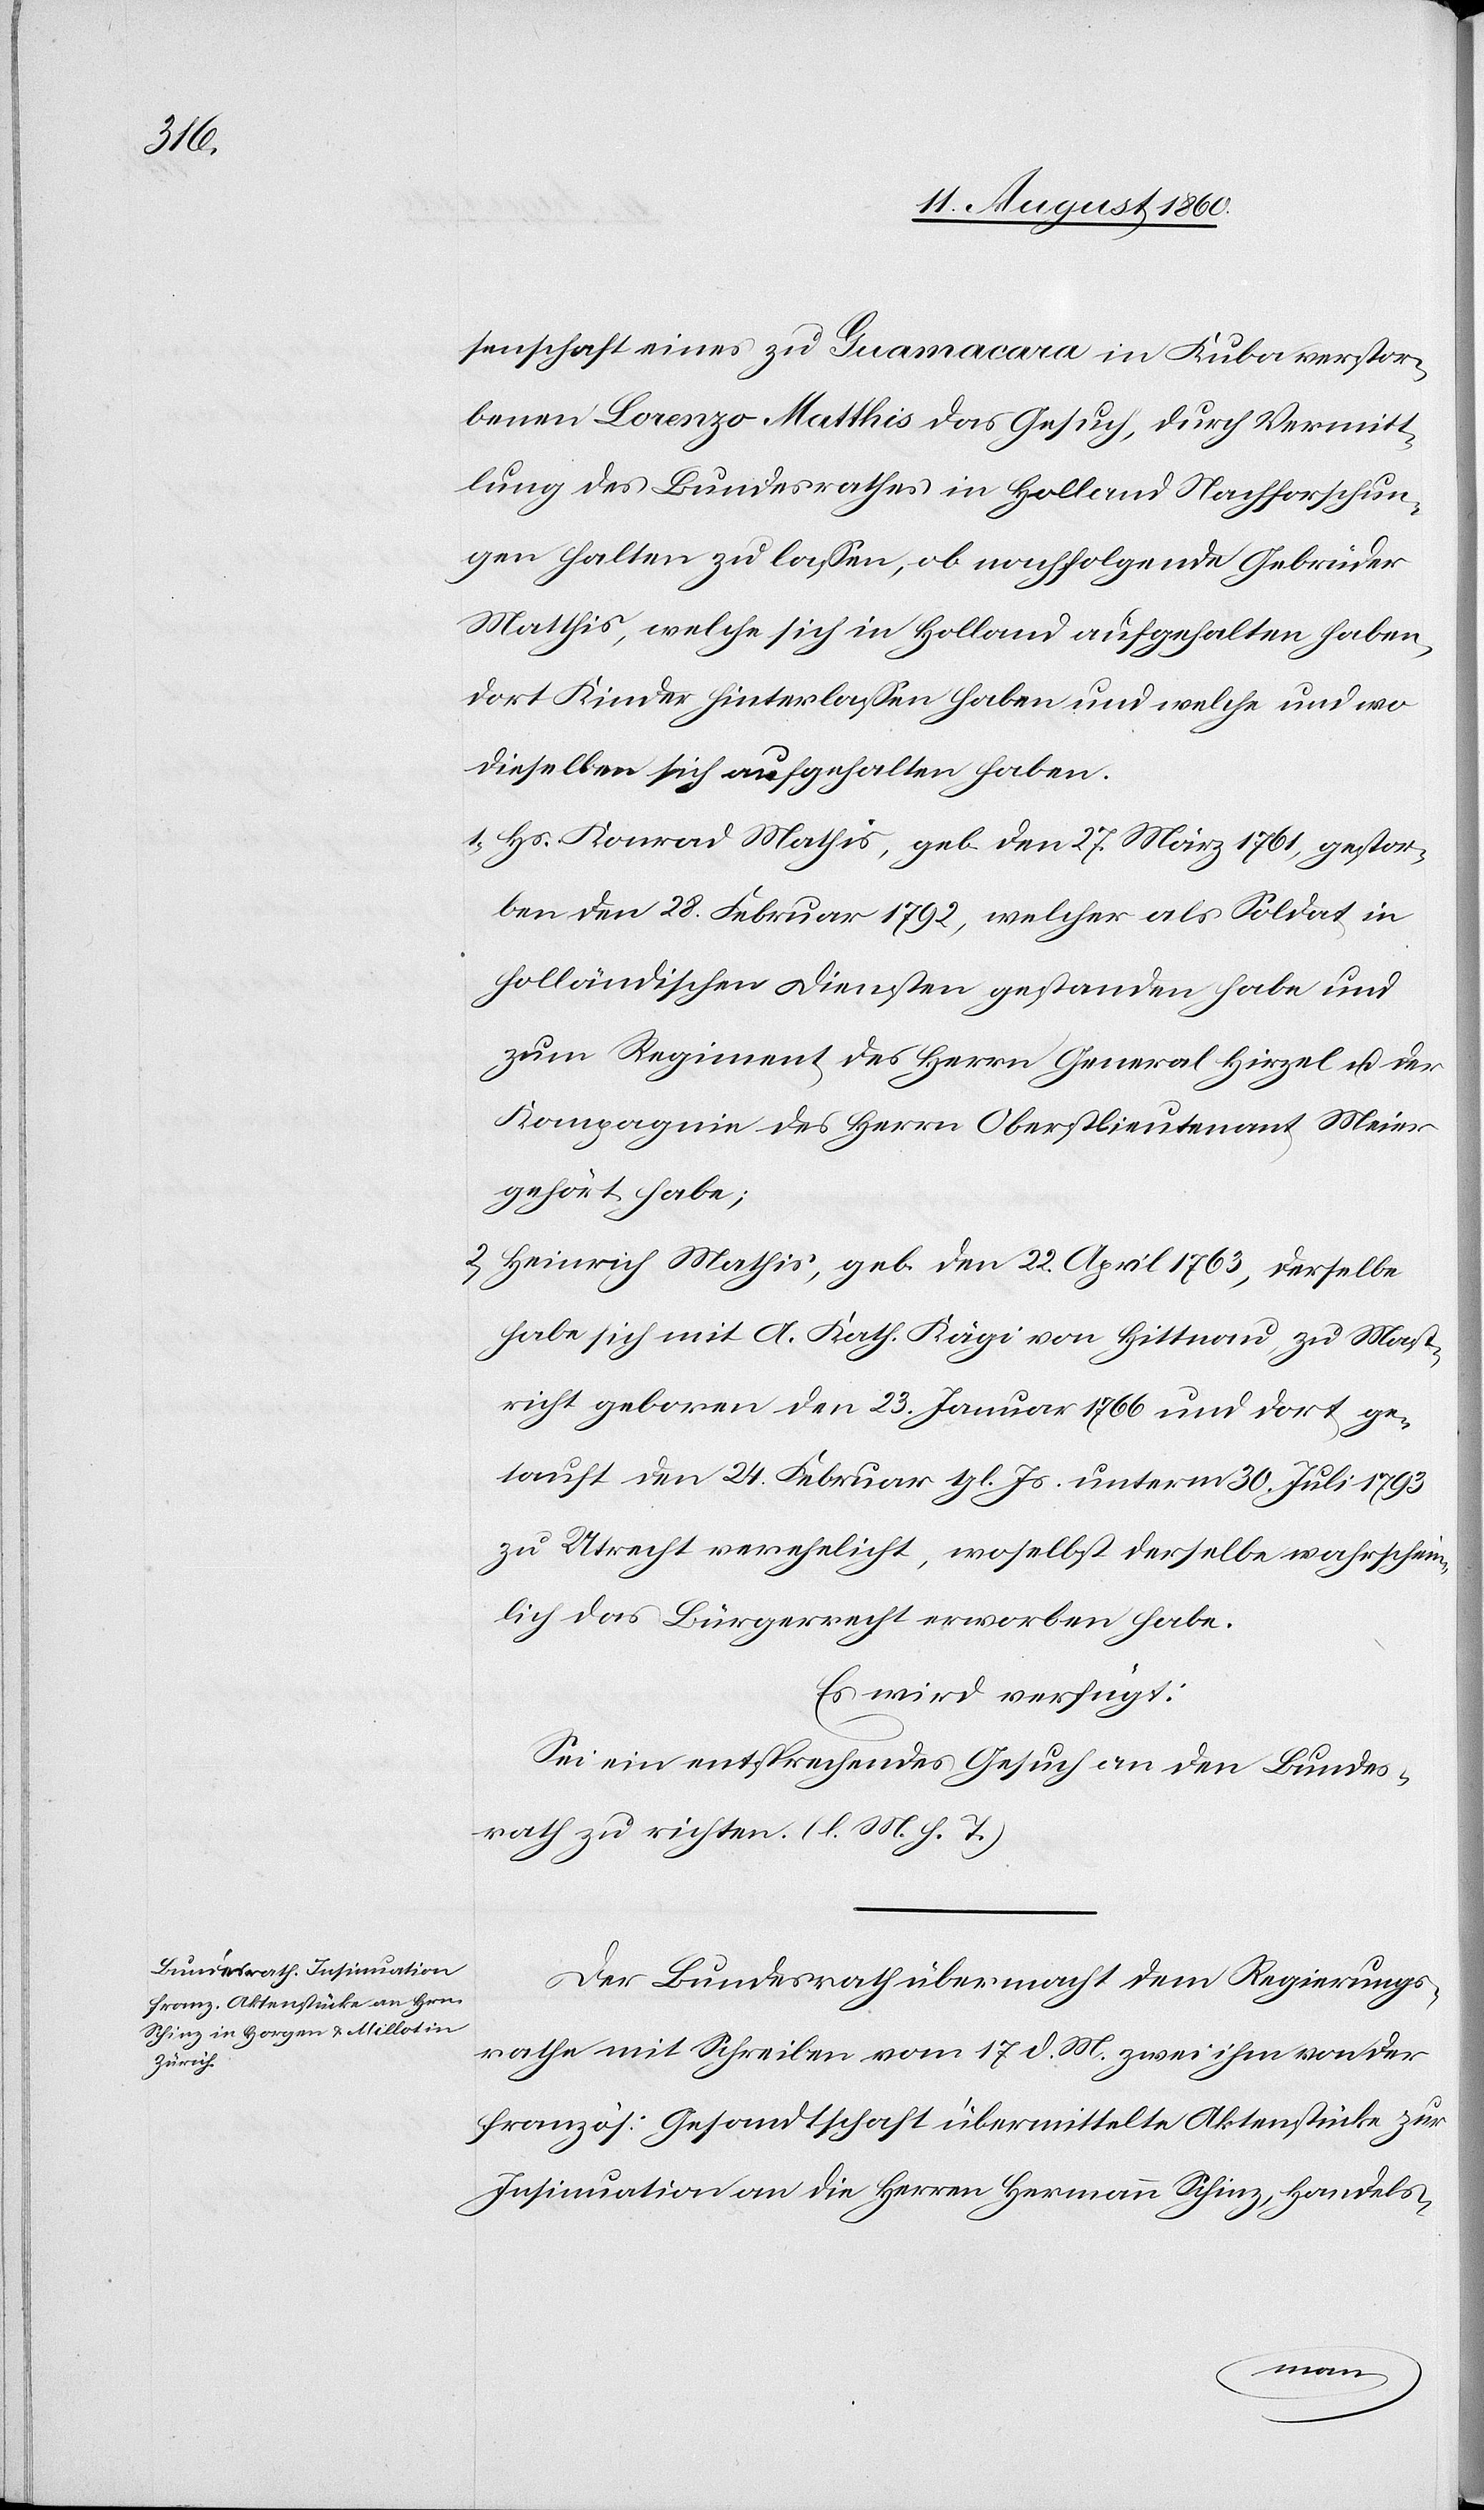
20. August 1860.]
senschaft eines zu Guamacara in Kuba verstor¬
benen Lorenzo Matthis das Gesuch, durch Vermitt¬
lung des Bundesrathes in Holland Nachforschun¬
gen halten zu lassen, ob nachfolgende Gebrüder
Mathis, welche sich in Holland aufgehalten haben,
dort Kinder hinterlassen haben und welche und wo
dieselben sich aufgehalten haben.
1) Hs. Konrad Mathis, geb. den 27. März 1761, gestor¬
ben den 28. Februar 1792, welcher als Soldat in
holländischen Diensten gestanden habe u.
zum Regiment des Herrn General Hirzel u. der
Compagnie des Herrn Oberstlieutenant Meier
gehört habe,
2) Heinrich Mathis, geb. den 22. April 1763; derselbe
habe sich mit A. Kth. Kägi von Hittnau, zu Mast¬
richt geboren den 23. Januar 1766 und dort ge¬
tauft den 24. Februar gl. Js. unterm 30. Juli 1793
zu Utrecht verehelicht, woselbst derselbe wahrschein¬
lich das Bürgerrecht erworben habe.
Es wird verfügt:
Sei ein entsprechendes Gesuch an den Bundes¬
rath zu richten. (l. M. h. T.)
Der Bundesrath übermacht dem Regierungs¬
rathe mit Schreiben vom 17. d. Mts. zwei ihm von der
französ. Gesandtschaft übermittelte Aktenstücke zur
Insinuation an die Herren Hermann Schinz, Handels¬
mann